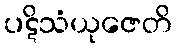
ပဋိသံယုဇေတိ